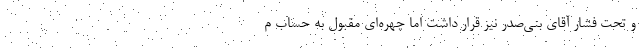
و تحت فشار آقای بنی‌صدر نیز قرار داشت اما چهره‌ای مقبول به حساب م